Plague in India, 1896, 1897 - Volume 3
Year: 1896
Disease focus: Plague
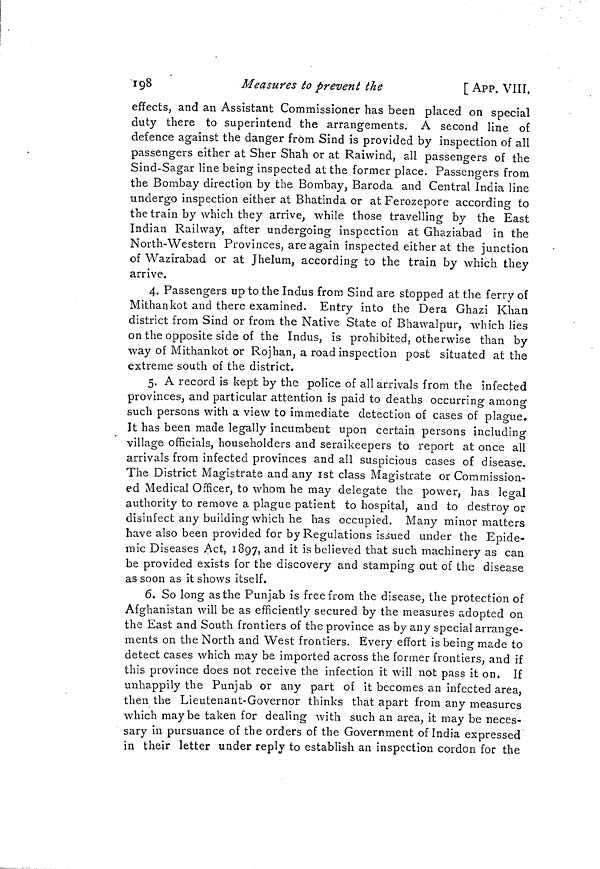
198
Measures ¿o prevent the
[ APP. VIII.
effects, and an Assistant Commissioner has been placed on special
duty there to superintend the arrangements. A second line of
defence against the danger from Sind is provided by inspection of all
passengers either at Sher Shah or at Raiwind, all passengers of the
Sind-Sagar line being inspected at the former place. Passengers from
the Bombay direction by the Bombay, Baroda and Central India line
undergo inspection either at Bhatinda or at Ferozepore according to
the train by which they arrive, while those travelling by the East
Indian Railway, after undergoing inspection at Ghaziabad in the
North-Western Provinces, are again inspected either at the junction
of Wazirabad or at Jhelum, according to the train by which they
arrive.
4. Passengers up to the Indus from Sind are stopped at the ferry of
Mithankot and there examined. Entry into the Dera Ghazi Khan
district from Sind or from the Native State of Bhawalpur, which lies
on the opposite side of the Indus, is prohibited, otherwise than by
way of Mithankot or Rojhan, a road inspection post situated at the
extreme south of the district.
5. A record is kept by the police of all arrivals from the infected
provinces, and particular attention is paid to deaths occurring among
such persons with a view to immediate detection of cases of plague.
It has been made legally incumbent upon certain persons including
village officials, householders and seraikeepers to report at once all
arrivals from infected provinces and all suspicious cases of disease.
The District Magistrate and any 1st class Magistrate or Commission-
ed Medical Officer, to whom he may delegate the power, has legal
authority to remove a plague patient to hospital, and to destroy or
disinfect any building which he has occupied. Many minor matters
have also been provided for by Regulations issued under the Epide-
mic Diseases Act, 1897, and it is believed that such machinery as can
be provided exists for the discovery and stamping out of the disease
as soon as it shows itself.
6. So long as the Punjab is free from the disease, the protection of
Afghanistan will be as efficiently secured by the measures adopted on
the East and South frontiers of the province as by any special arrange-
ments on the North and West frontiers. Every effort is being made to
detect cases which may be imported across the former frontiers, and if
this province does not receive the infection it will not pass it on. If
unhappily the Punjab or any part of it becomes an infected area,
then the Lieutenant-Governor thinks that apart from any measures
which maybe taken for dealing with such an area, it may be neces-
sary in pursuance of the orders of the Government of India expressed
in their letter under reply to establish an inspection cordon for the